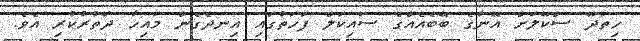
ހިތަދޫ ސްކޫލަށް އޭނާގެ ބޭބެއެއްގެ ސައިކަލް ފަހަތުގައި އިނދެގެން މައިހާ ދަތުރުކުރި އެވެ.